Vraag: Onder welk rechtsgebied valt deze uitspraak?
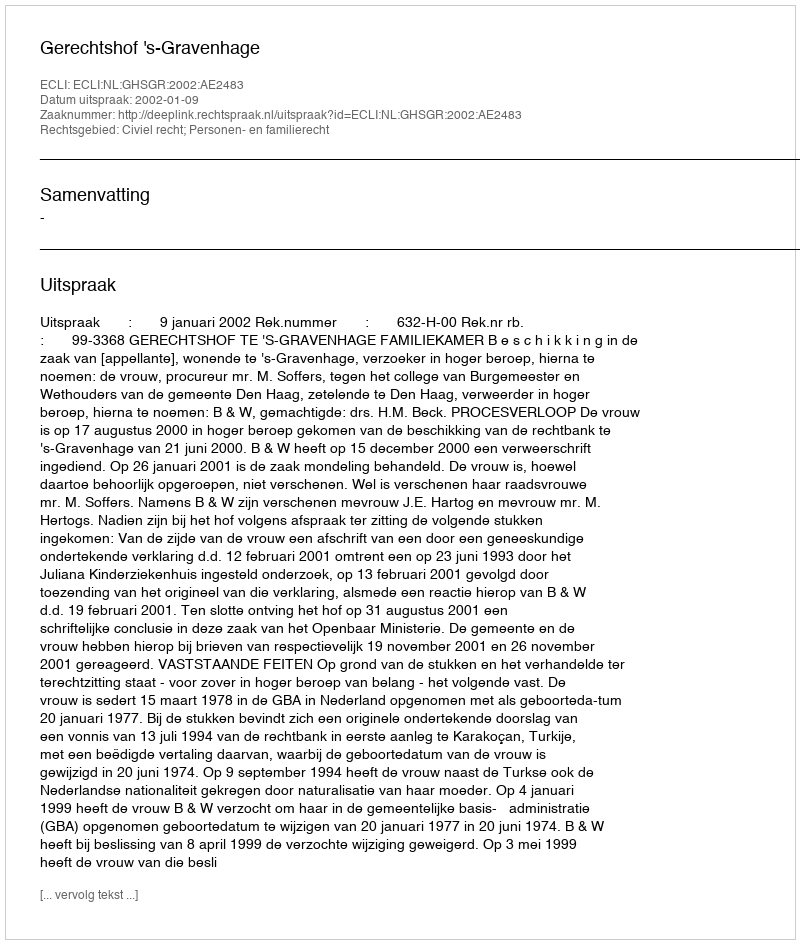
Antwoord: Civiel recht; Personen- en familierecht